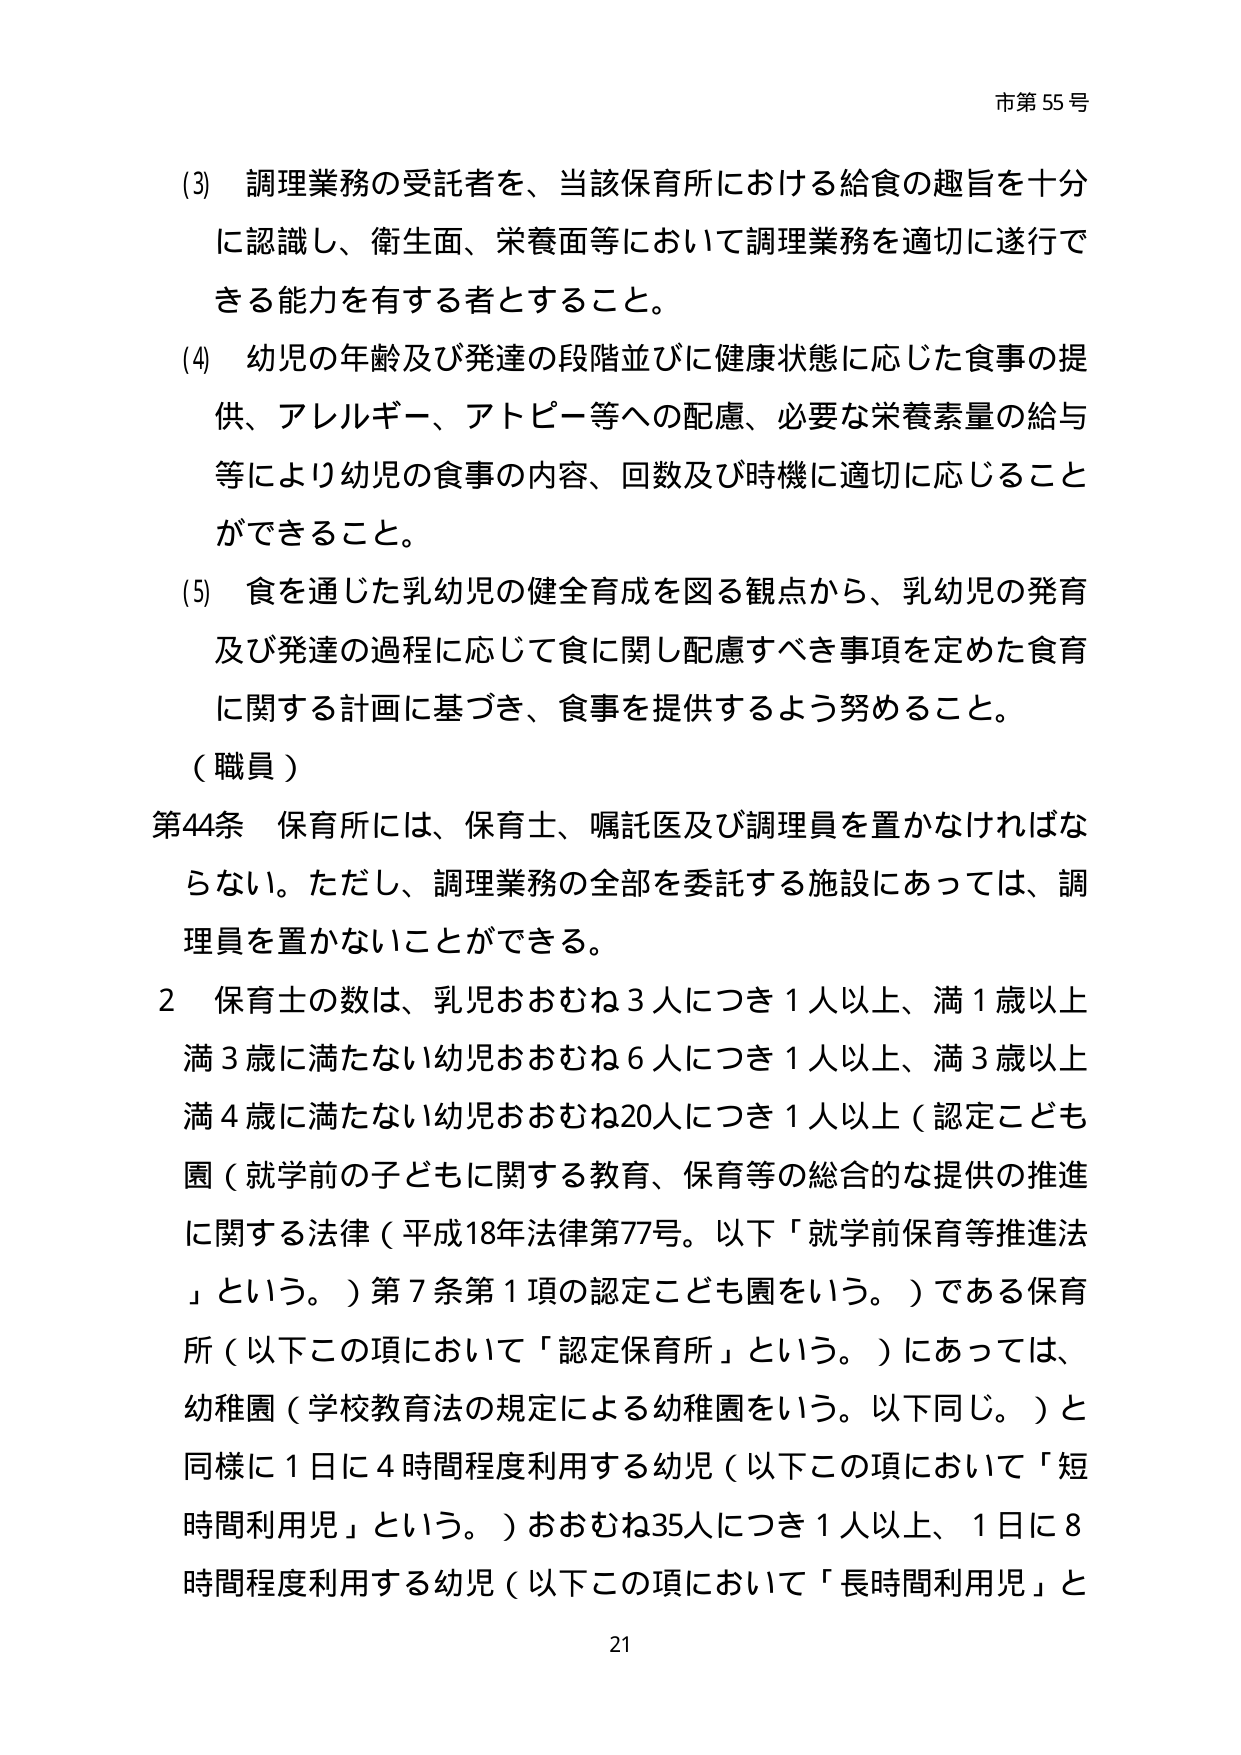
市第55号

(3) 調理業務の受託者を、当該保育所における給食の趣旨を十分に認識し、衛生面、栄養面等において調理業務を適切に遂行できる能力を有する者とすること。

(4) 幼児の年齢及び発達の段階並びに健康状態に応じた食事の提供、アレルギー、アトピー等への配慮、必要な栄養素量の給与等により幼児の食事の内容、回数及び時機に適切に応じることができる。

(5) 食を通じた乳幼児の健全育成を図る観点から、乳幼児の発育及び発達の過程に応じて食に関し配慮すべき事項を定めた食育に関する計画に基づき、食事を提供するよう努めること。

（職員）

第44条 保育所には、保育士、嘱託医及び調理員を置かなければならない。ただし、調理業務の全部を委託する施設にあっては、調理員を置かないことができる。

2 保育士の数は、乳児おおむね3人につき1人以上、満1歳以上満3歳に満たない幼児おおむね6人につき1人以上、満3歳以上満4歳に満たない幼児おおむね20人につき1人以上（認定こども園（就学前の子どもに関する教育、保育等の総合的な提供の推進に関する法律（平成18年法律第77号。以下「就学前保育等推進法」という。）第7条第1項の認定こども園をいう。）である保育所（以下この項において「認定保育所」という。）にあっては、幼稚園（学校教育法の規定による幼稚園をいう。以下同じ。）と同様に1日に4時間程度利用する幼児（以下この項において「短時間利用児」という。）おおむね35人につき1人以上、1日に8時間程度利用する幼児（以下この項において「長時間利用児」と

21